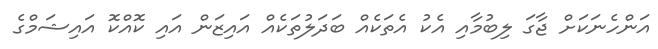
އަންހެނަކަށް ޖާގަ ލިބުމާއި އެކު އެތަކެއް ބަދަލުތަކެއް އައިޒަން އައި ކޮއްކޮ އައިޝަމްގެ